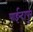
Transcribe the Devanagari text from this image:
पाईन्दापुर